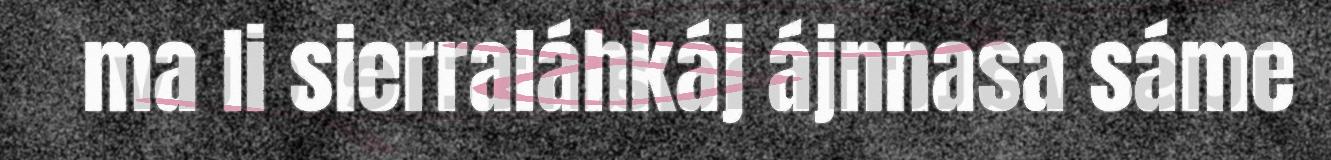
ma li sierraláhkáj ájnnasa sáme